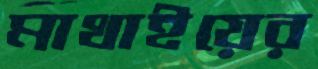
মাথাইয়ের